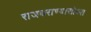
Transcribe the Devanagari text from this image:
राजघराण्यासोबत